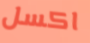
اكسل